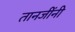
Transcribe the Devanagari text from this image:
तानजींनी